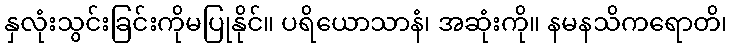
နှလုံးသွင်းခြင်းကိုမပြုနိုင်။ ပရိယောသာနံ၊ အဆုံးကို။ နမနသိကရောတိ၊